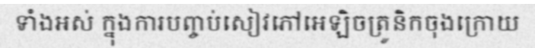
ទាំងអស់ ក្នុងការបញ្ចប់សៀវភៅអេឡិចត្រូនិកចុងក្រោយ